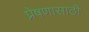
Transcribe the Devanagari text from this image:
प्रेषणासाठी